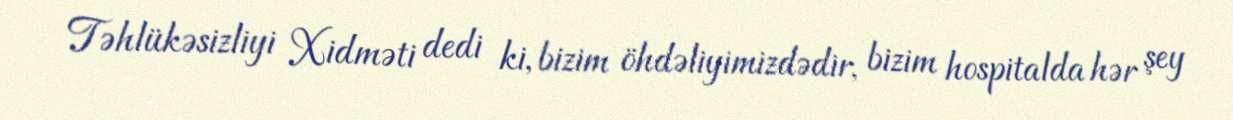
Təhlükəsizliyi Xidməti dedi ki, bizim öhdəliyimizdədir, bizim hospitalda hər şey